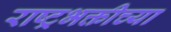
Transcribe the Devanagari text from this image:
राष्ट्रभक्तीच्या